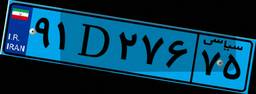
۲۳D۱۰۲۴۲